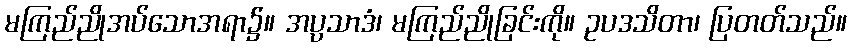
မကြည်ညိုအပ်သောအရာ၌။ အပ္ပသာဒံ၊ မကြည်ညိုခြင်းကို။ ဥပဒသိတာ၊ ပြတတ်သည်။